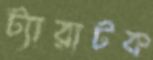
ট্যারাটক